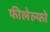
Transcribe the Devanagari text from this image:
फीलेल्फो